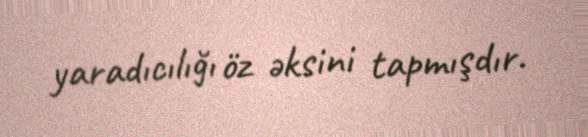
yaradıcılığı öz əksini tapmışdır.